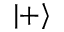
| + \rangle